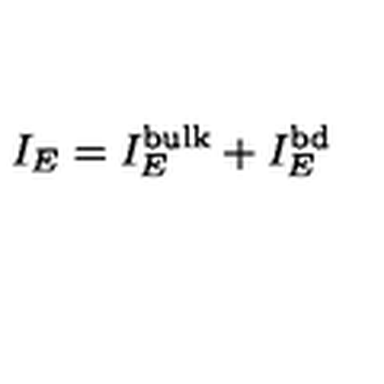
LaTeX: I _ { E } = I _ { E } ^ { \mathrm { b u l k } } + I _ { E } ^ { \mathrm { b d } }